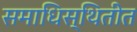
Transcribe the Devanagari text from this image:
समाधिस्थितीत